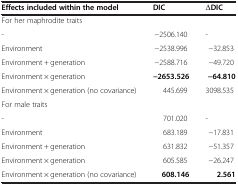
<table><thead><tr><td><b>Effects included within the model</b></td><td><b>DIC</b></td><td><b>ΔDIC</b></td></tr></thead><tbody><tr><td>For her maphrodite traits</td><td></td><td></td></tr><tr><td>-</td><td>−2506.140</td><td>-</td></tr><tr><td>Environment</td><td>−2538.996</td><td>−32.853</td></tr><tr><td>Environment + generation</td><td>−2588.716</td><td>−49.720</td></tr><tr><td>Environment × generation</td><td><b>−2653.526</b></td><td><b>−64.810</b></td></tr><tr><td>Environment × generation (no covariance)</td><td>445.699</td><td>3098.535</td></tr><tr><td>For male traits</td><td></td><td></td></tr><tr><td>-</td><td>701.020</td><td>-</td></tr><tr><td>Environment</td><td>683.189</td><td>−17.831</td></tr><tr><td>Environment + generation</td><td>631.832</td><td>−51.357</td></tr><tr><td>Environment × generation</td><td>605.585</td><td>−26.247</td></tr><tr><td>Environment × generation (no covariance)</td><td><b>608.146</b></td><td><b>2.561</b></td></tr></tbody></table>